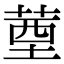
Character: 䓰